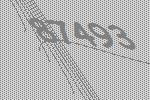
87493